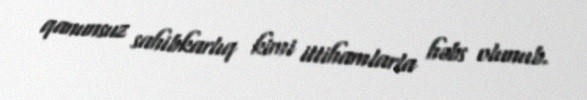
qanunsuz sahibkarlıq kimi ittihamlarla həbs olunub.